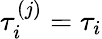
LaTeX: \tau_{i}^{(j)}=\tau_{i}